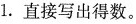
1.直接写出得数。